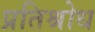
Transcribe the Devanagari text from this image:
प्रतिश्रोध